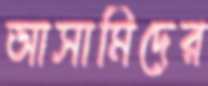
আসামিদের